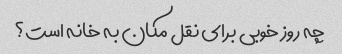
چه روز خوبی برای نقل مکان به خانه است؟